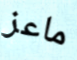
ماعز